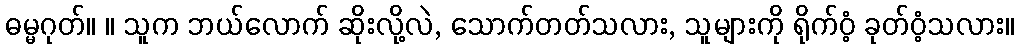
ဓမ္မဂုတ်။ ။ သူက ဘယ်လောက် ဆိုးလို့လဲ, သောက်တတ်သလား, သူများကို ရိုက်ဝံ့ ခုတ်ဝံ့သလား။